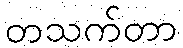
တသက်တာ